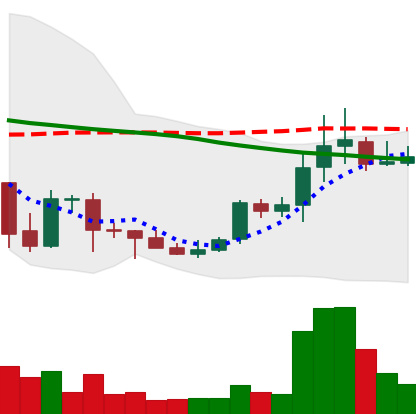
Ticker: DOGE-USD
Chart end date: 2021-10-09
Forward return: -5.808%
Label: down_5_7